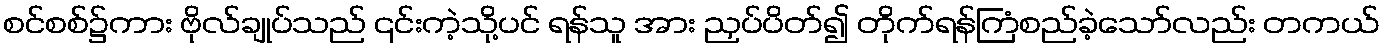
စင်စစ်၌ကား ဗိုလ်ချုပ်သည် ၎င်းကဲ့သို့ပင် ရန်သူ အား ညှပ်ပိတ်၍ တိုက်ရန်ကြံစည်ခဲ့သော်လည်း တကယ်